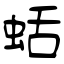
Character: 蛞